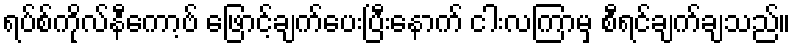
ရပ်စ်ကိုလ်နီကော့ဗ် ဖြောင့်ချက်ပေးပြီးနောက် ငါးလကြာမှ စီရင်ချက်ချသည်။